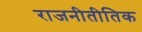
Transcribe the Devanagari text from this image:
राजनीतीतिक